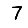
Digit: 7